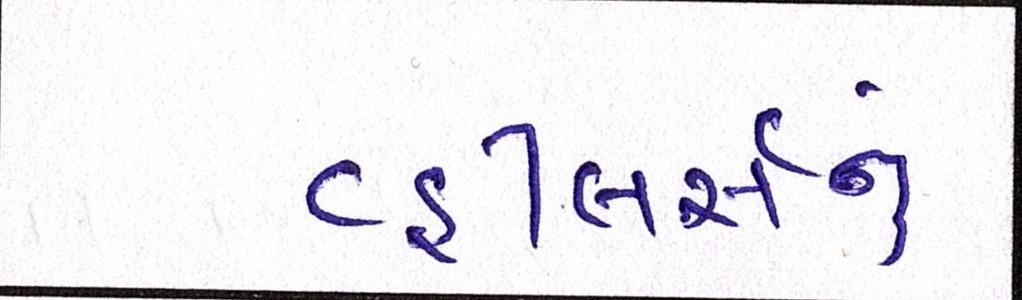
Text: વ્હીલર્સનું